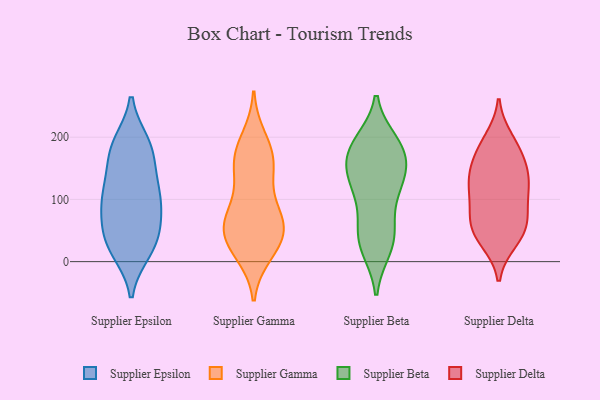
{"axis": {"x": "Headcount", "y": "Value"}, "legend": ["Supplier Beta", "Supplier Delta", "Supplier Epsilon", "Supplier Gamma"], "data": [{"x": "", "y": 107, "type": "Supplier Epsilon"}, {"x": "", "y": 29, "type": "Supplier Epsilon"}, {"x": "", "y": 119, "type": "Supplier Epsilon"}, {"x": "", "y": 23, "type": "Supplier Epsilon"}, {"x": "", "y": 100, "type": "Supplier Epsilon"}, {"x": "", "y": 38, "type": "Supplier Epsilon"}, {"x": "", "y": 84, "type": "Supplier Epsilon"}, {"x": "", "y": 186, "type": "Supplier Epsilon"}, {"x": "", "y": 178, "type": "Supplier Epsilon"}, {"x": "", "y": 18, "type": "Supplier Epsilon"}, {"x": "", "y": 54, "type": "Supplier Epsilon"}, {"x": "", "y": 173, "type": "Supplier Epsilon"}, {"x": "", "y": 129, "type": "Supplier Epsilon"}, {"x": "", "y": 189, "type": "Supplier Epsilon"}, {"x": "", "y": 81, "type": "Supplier Epsilon"}, {"x": "", "y": 69, "type": "Supplier Gamma"}, {"x": "", "y": 13, "type": "Supplier Gamma"}, {"x": "", "y": 79, "type": "Supplier Gamma"}, {"x": "", "y": 135, "type": "Supplier Gamma"}, {"x": "", "y": 151, "type": "Supplier Gamma"}, {"x": "", "y": 50, "type": "Supplier Gamma"}, {"x": "", "y": 18, "type": "Supplier Gamma"}, {"x": "", "y": 198, "type": "Supplier Gamma"}, {"x": "", "y": 57, "type": "Supplier Gamma"}, {"x": "", "y": 31, "type": "Supplier Gamma"}, {"x": "", "y": 88, "type": "Supplier Gamma"}, {"x": "", "y": 180, "type": "Supplier Gamma"}, {"x": "", "y": 168, "type": "Supplier Gamma"}, {"x": "", "y": 41, "type": "Supplier Gamma"}, {"x": "", "y": 56, "type": "Supplier Gamma"}, {"x": "", "y": 158, "type": "Supplier Gamma"}, {"x": "", "y": 190, "type": "Supplier Beta"}, {"x": "", "y": 173, "type": "Supplier Beta"}, {"x": "", "y": 192, "type": "Supplier Beta"}, {"x": "", "y": 145, "type": "Supplier Beta"}, {"x": "", "y": 136, "type": "Supplier Beta"}, {"x": "", "y": 187, "type": "Supplier Beta"}, {"x": "", "y": 177, "type": "Supplier Beta"}, {"x": "", "y": 89, "type": "Supplier Beta"}, {"x": "", "y": 123, "type": "Supplier Beta"}, {"x": "", "y": 125, "type": "Supplier Beta"}, {"x": "", "y": 35, "type": "Supplier Beta"}, {"x": "", "y": 129, "type": "Supplier Beta"}, {"x": "", "y": 54, "type": "Supplier Beta"}, {"x": "", "y": 22, "type": "Supplier Beta"}, {"x": "", "y": 21, "type": "Supplier Beta"}, {"x": "", "y": 48, "type": "Supplier Beta"}, {"x": "", "y": 167, "type": "Supplier Beta"}, {"x": "", "y": 132, "type": "Supplier Delta"}, {"x": "", "y": 196, "type": "Supplier Delta"}, {"x": "", "y": 71, "type": "Supplier Delta"}, {"x": "", "y": 178, "type": "Supplier Delta"}, {"x": "", "y": 39, "type": "Supplier Delta"}, {"x": "", "y": 55, "type": "Supplier Delta"}, {"x": "", "y": 51, "type": "Supplier Delta"}, {"x": "", "y": 147, "type": "Supplier Delta"}, {"x": "", "y": 110, "type": "Supplier Delta"}, {"x": "", "y": 94, "type": "Supplier Delta"}, {"x": "", "y": 34, "type": "Supplier Delta"}, {"x": "", "y": 68, "type": "Supplier Delta"}, {"x": "", "y": 127, "type": "Supplier Delta"}, {"x": "", "y": 184, "type": "Supplier Delta"}, {"x": "", "y": 155, "type": "Supplier Delta"}, {"x": "", "y": 123, "type": "Supplier Delta"}]}